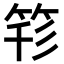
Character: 𥭇